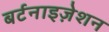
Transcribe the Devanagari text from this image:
बर्टनाइज़ेशन